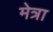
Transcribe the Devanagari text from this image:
मेत्रा